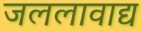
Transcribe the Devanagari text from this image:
जललावाद्य